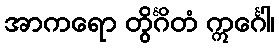
အာကရော တွိင်္ဂိတံ ဣင်္ဂေါ၊